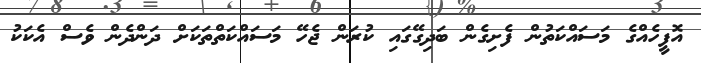
އޮފީހެއްގެ މަސައްކަތުން ފެށިގެން ބަދިގޭގައި ކުރަން ޖެހޭ މަސައްކަތްތަކަށް ދަންދެން ވެސް އެކަކު